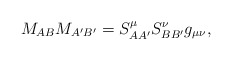
\begin{align*}M_{AB}M_{A^{\prime }B^{\prime }}=S_{AA^{\prime }}^{\mu }S_{BB^{\prime}}^{\nu }g_{\mu \nu }{}, \end{align*}